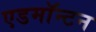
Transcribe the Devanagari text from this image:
एडमाॅन्टन